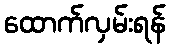
ထောက်လှမ်းရန်